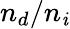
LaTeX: n_{d}/n_{\mathit{i}}